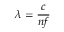
\lambda = { \frac { c } { n f } }